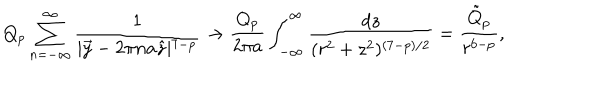
Q _ { p } \sum _ { n = - \infty } ^ { \infty } \frac { 1 } { \mid \vec { y } - 2 \pi n a \hat { z } \mid ^ { 7 - p } } \rightarrow \frac { Q _ { p } } { 2 \pi a } \int _ { - \infty } ^ { \infty } \frac { d z } { ( r ^ { 2 } + z ^ { 2 } ) ^ { ( 7 - p ) / 2 } } = \frac { \tilde { Q } _ { p } } { r ^ { 6 - p } } ,